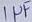
Text: 1µF